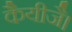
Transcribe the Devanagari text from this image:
कैयीजै।